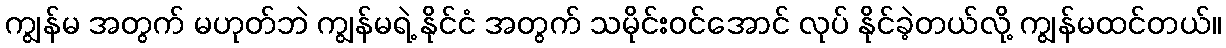
ကျွန်မ အတွက် မဟုတ်ဘဲ ကျွန်မရဲ့ နိုင်ငံ အတွက် သမိုင်းဝင်အောင် လုပ် နိုင်ခဲ့တယ်လို့ ကျွန်မထင်တယ်။